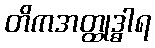
တိကအတ္ထုဒ္ဓါရ